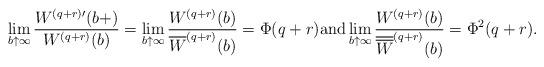
LaTeX: \begin{align*} \lim_{b \uparrow \infty}\frac {W^{(q+r)\prime}(b+)} {W^{(q+r)}(b)} = \lim_{b \uparrow \infty}\frac {W^{(q+r)}(b)} {\overline{W}^{(q+r)}(b)} =\Phi(q+r) \textrm{and} \lim_{b \uparrow \infty}\frac {W^{(q+r)}(b)} {\overline{\overline{W}}^{(q+r)}(b)} =\Phi^2(q+r). \end{align*}